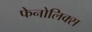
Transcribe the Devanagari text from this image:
फेनोलिक्स